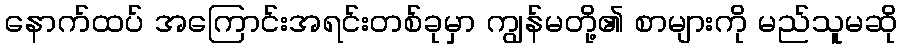
နောက်ထပ် အကြောင်းအရင်းတစ်ခုမှာ ကျွန်မတို့၏ စာများကို မည်သူမဆို